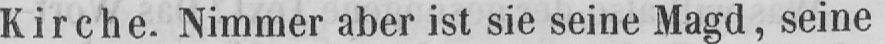
Kirche. Nimmer aber ist sie seine Magd, seine